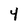
Character: 4